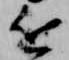
近